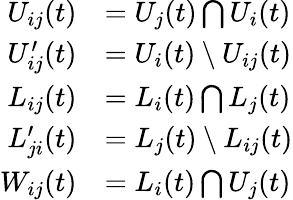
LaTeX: \begin{array}{rl}{U_{ij}(t)}&{=U_{j}(t)\bigcap U_{i}(t)}\\ {U_{ij}^{\prime}(t)}&{=U_{i}(t)\setminus U_{ij}(t)}\\ {L_{ij}(t)}&{=L_{i}(t)\bigcap L_{j}(t)}\\ {L_{ji}^{\prime}(t)}&{=L_{j}(t)\setminus L_{ij}(t)}\\ {W_{ij}(t)}&{=L_{i}(t)\bigcap U_{j}(t)}\end{array}